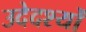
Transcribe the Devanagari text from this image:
उदेदश्यों